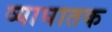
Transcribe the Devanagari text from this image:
व्याघातक